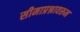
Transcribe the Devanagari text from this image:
सीमाप्रश्नावरून